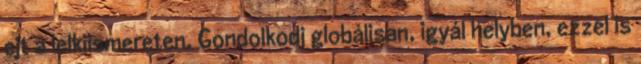
ejt a lelkiismereten. Gondolkodj globálisan, igyál helyben, ezzel is